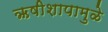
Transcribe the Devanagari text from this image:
ऋषीशापामुळे